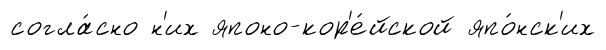
согла́сно н'их японо-кор'е́йской япо́нск'их